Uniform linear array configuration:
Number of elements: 64
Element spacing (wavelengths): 0.25
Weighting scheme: blackman
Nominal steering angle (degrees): -60
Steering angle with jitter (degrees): -61.407
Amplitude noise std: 0.05
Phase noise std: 0.05

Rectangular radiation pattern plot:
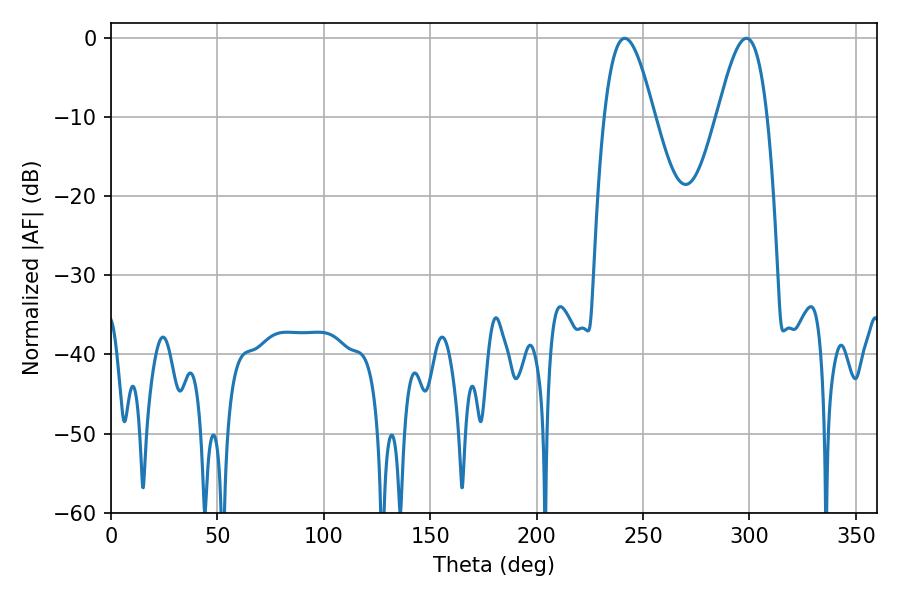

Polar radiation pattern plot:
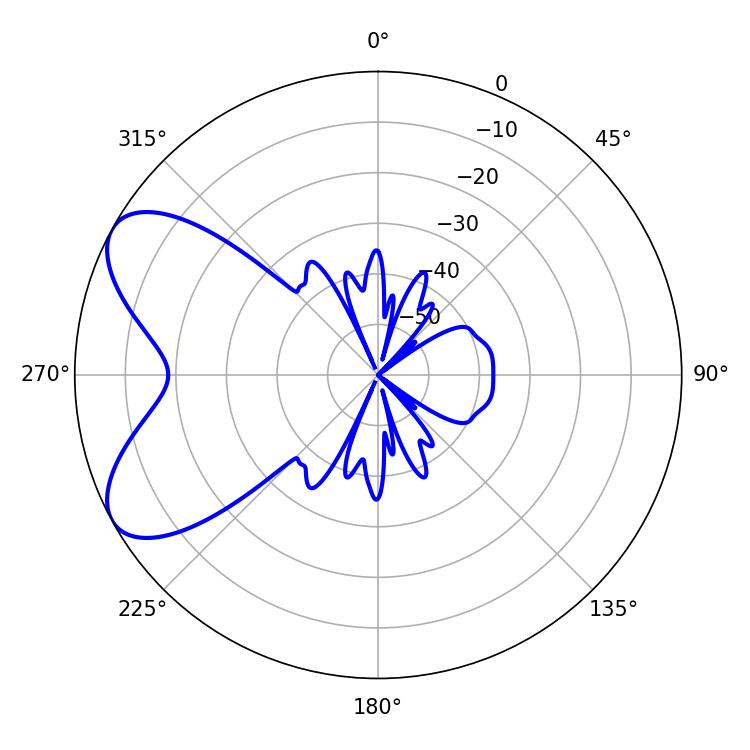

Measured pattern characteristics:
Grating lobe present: FALSE
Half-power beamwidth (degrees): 12.6
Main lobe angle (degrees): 241.38